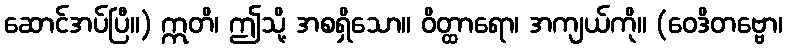
ဆောင်အပ်ပြီ။) ဣတိ၊ ဤသို့ အစရှိသော။ ဝိတ္ထာရော၊ အကျယ်ကို။ (ဝေဒိတဗ္ဗော၊